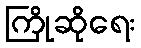
ကြိုဆိုရေး